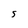
Character: S